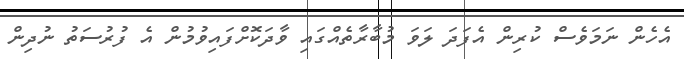
އެހެން ނަމަވެސް ކުރިން އެފަދަ ލަވަ މުބާރާތެއްގައި ވާދަކޮށްފައިވުމުން އެ ފުރުސަތު ނުދިން